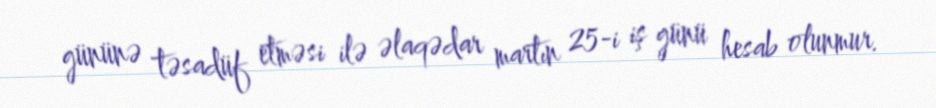
gününə təsadüf etməsi ilə əlaqədar martın 25-i iş günü hesab olunmur.